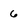
Character: 6